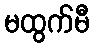
မထွက်မီ